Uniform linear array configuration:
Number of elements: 8
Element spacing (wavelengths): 0.25
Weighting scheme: blackman
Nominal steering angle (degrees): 60
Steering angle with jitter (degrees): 58.913
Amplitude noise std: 0.05
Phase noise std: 0.05

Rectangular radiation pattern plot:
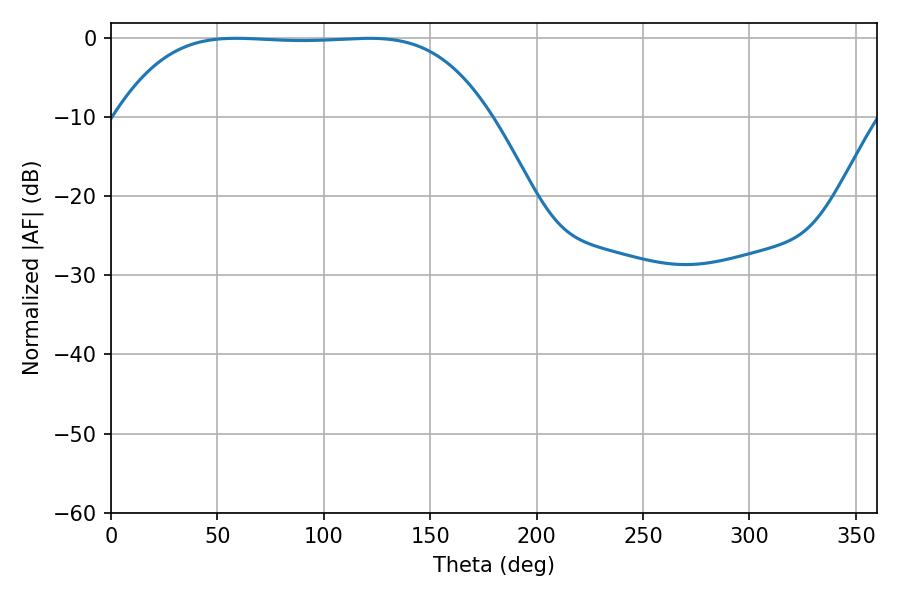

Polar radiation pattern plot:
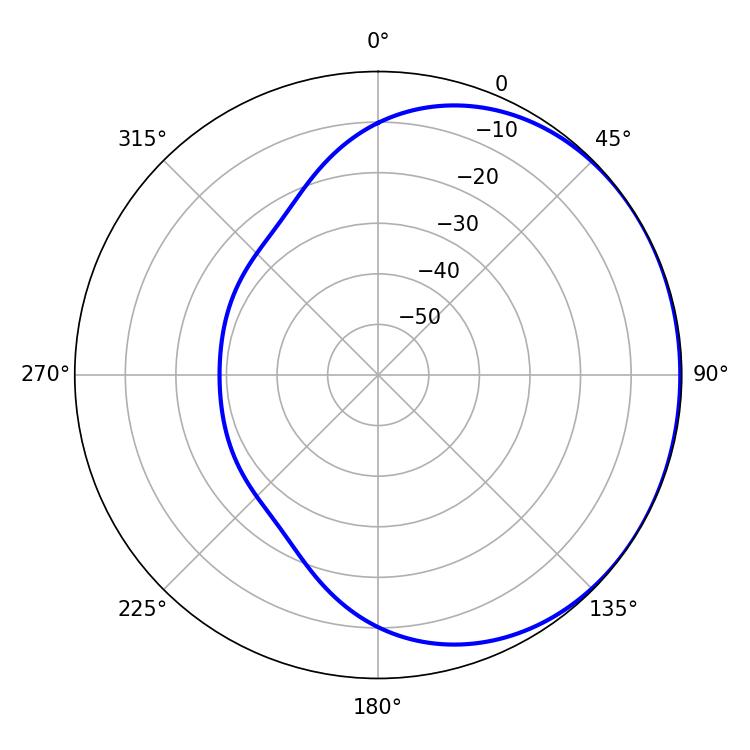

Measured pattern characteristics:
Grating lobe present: FALSE
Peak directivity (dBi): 0.5863
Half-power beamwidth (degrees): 135
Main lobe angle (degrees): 58.68